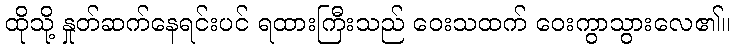
ထိုသို့ နှုတ်ဆက်နေရင်းပင် ရထားကြီးသည် ဝေးသထက် ဝေးကွာသွားလေ၏။